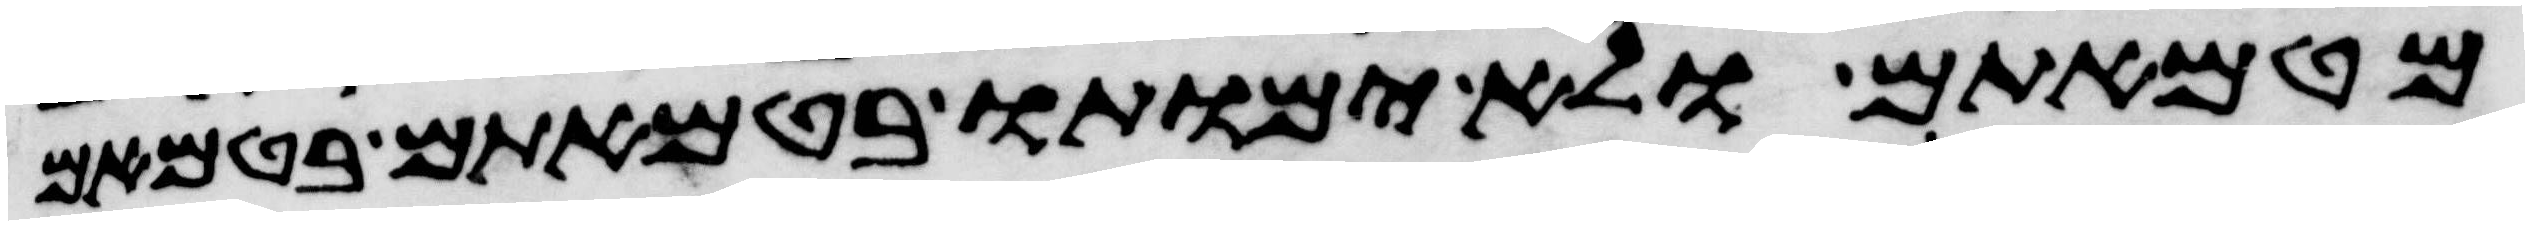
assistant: מטמאתם ולא ימותו בטמאתם בטמאם